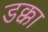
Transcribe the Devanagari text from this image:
डक्का